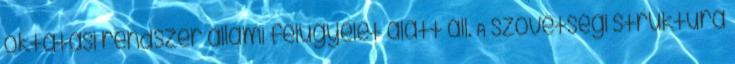
oktatási rendszer állami felügyelet alatt áll. A szövetségi struktúra